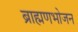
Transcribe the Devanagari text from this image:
ब्राह्मणभोजन